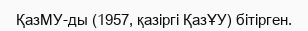
ҚазМУ-ды (1957, қазіргі ҚазҰУ) бітірген.